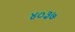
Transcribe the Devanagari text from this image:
४०३७